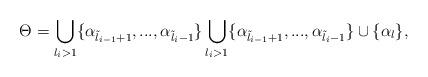
LaTeX: \begin{align*}\Theta=\bigcup\limits_{l_i>1}\{\alpha_{\tilde{l}_{i-1}+1},...,\alpha_{\tilde{l}_i-1}\} \bigcup\limits_{l_i>1}\{\alpha_{\tilde{l}_{i-1}+1},...,\alpha_{\tilde{l}_i-1}\}\cup\{\alpha_l\},\end{align*}